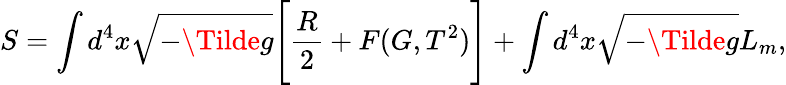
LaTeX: S=\int d^{4}x\sqrt{-\Tilde{g}}\Bigg[\frac{R}{2}+F(G,T^{2})\Bigg]+\int d^{4}x\sqrt{-\Tilde{g}}L_{m},